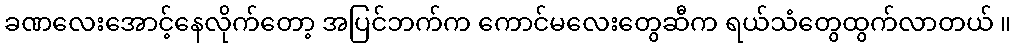
ခဏလေးအောင့်နေလိုက်တော့ အပြင်ဘက်က ကောင်မလေးတွေဆီက ရယ်သံတွေထွက်လာတယ် ။